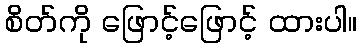
စိတ်ကို ဖြောင့်ဖြောင့် ထားပါ။